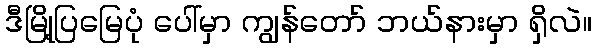
ဒီမြို့ပြမြေပုံ ပေါ်မှာ ကျွန်တော် ဘယ်နားမှာ ရှိလဲ။